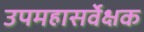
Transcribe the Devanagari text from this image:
उपमहासर्वेक्षक